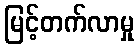
မြင့်တက်လာမှု